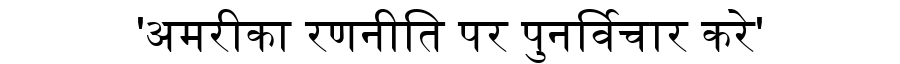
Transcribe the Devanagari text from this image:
'अमरीका रणनीति पर पुनर्विचार करे'